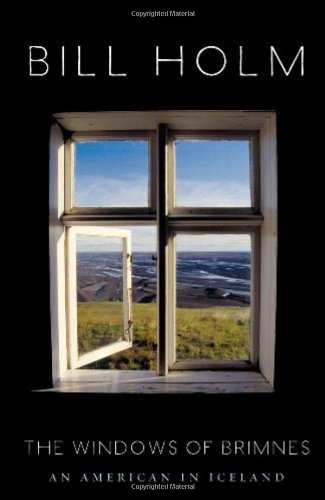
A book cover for The Windows of Brimnes: An American in Iceland; Bill Holm; Travel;